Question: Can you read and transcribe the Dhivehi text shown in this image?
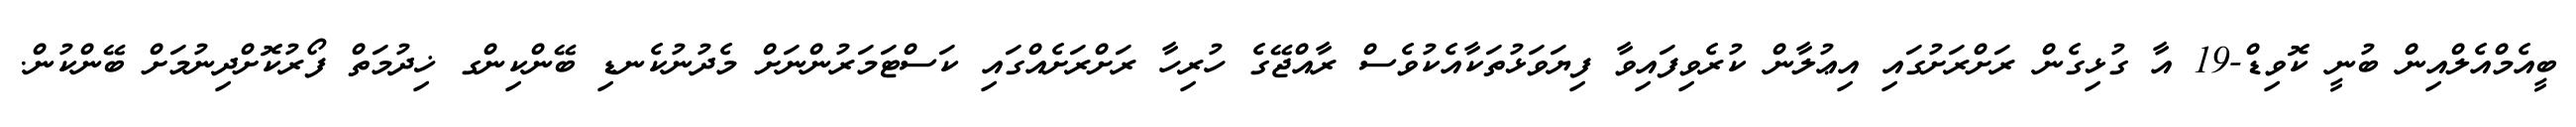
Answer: ބީއެމްއެލްއިން ބުނީ ކޮވިޑް-19 އާ ގުޅިގެން ރަށްރަށުގައި އިޢުލާން ކުރެވިފައިވާ ފިޔަވަޅުތަކާއެކުވެސް ރާއްޖޭގެ ހުރިހާ ރަށްރަށެއްގައި ކަސްޓަމަރުންނަށް މެދުނުކެނޑި ބޭންކިންގ ޚިދުމަތް ފޯރުކޮށްދިނުމަށް ބޭންކުން.